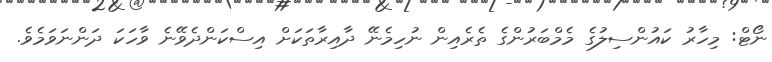
ނޯޓް: މިހާރު ކައުންސިލުގެ މެމްބަރުންގެ ތެރެއިން ނުހިމެނޭ ދާއިރާތަކަށް އިސްކަންދެވޭނެ ވާހަކަ ދަންނަވަމެވެ.